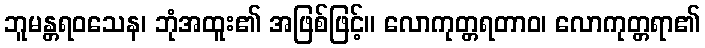
ဘူမန္တရဝသေန၊ ဘုံအထူး၏ အဖြစ်ဖြင့်။ လောကုတ္တရတာဝ၊ လောကုတ္တရာ၏